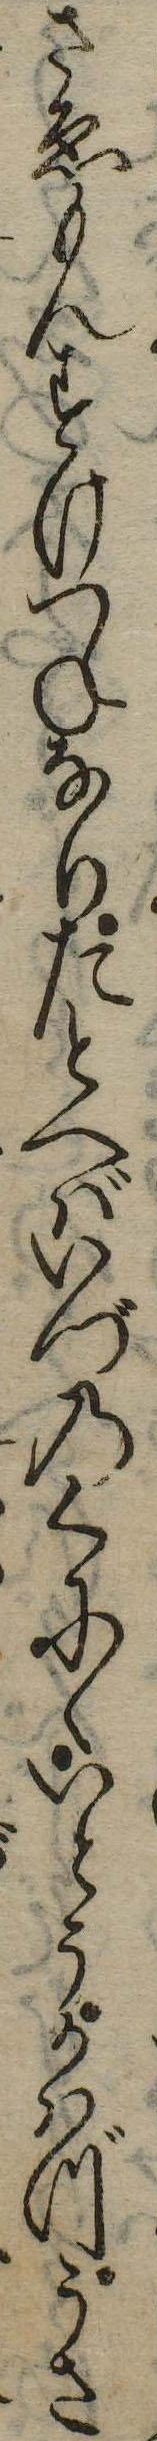
さゑもんすけつねなりたとへばいづのくにゝいとうかはづうさ